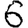
Digit: 6